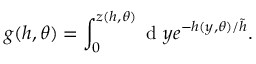
g ( h , \theta ) = \int _ { 0 } ^ { z ( h , \theta ) } \mathrm { ~ d ~ } y e ^ { - h ( y , \theta ) / \tilde { h } } .